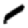
Digit: 1